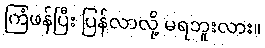
ကြံဖန်ပြီး ပြန်လာလို့ မရဘူးလား။